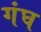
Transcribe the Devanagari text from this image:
गंघ